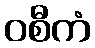
ဝစီကံ